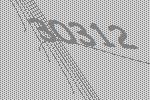
30312